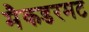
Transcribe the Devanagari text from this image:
मैकडरमट